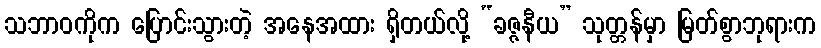
သဘာဝကိုက ပြောင်းသွားတဲ့ အနေအထား ရှိတယ်လို့ “ခဇ္ဇနီယ” သုတ္တန်မှာ မြတ်စွာဘုရားက